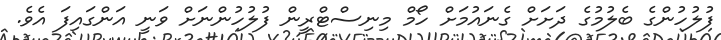
ފުލުހުންގެ ބެލުމުގެ ދަށަށް ގެނައުމަށް ހޯމް މިނިސްޓްރީން ފުލުހުންނަށް ވަނީ އަންގައިފަ އެވެ.